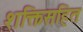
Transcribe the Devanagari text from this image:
शक्तिसहित